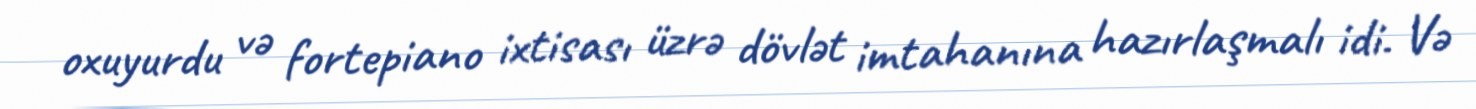
oxuyurdu və fortepiano ixtisası üzrə dövlət imtahanına hazırlaşmalı idi. Və